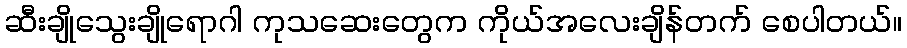
ဆီးချိုသွေးချိုရောဂါ ကုသဆေးတွေက ကိုယ်အလေးချိန်တက် စေပါတယ်။